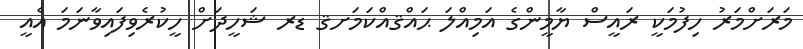
މަރަށްމަރު ހިފުމަކީ ރައީސް ޔާމީންގެ އަމިއްލަ ޙައްޤއްކަމަށޤ ޑރ ޝަހީދަށް ހީކުރެވިފައިވާނަމަ އެއީ